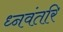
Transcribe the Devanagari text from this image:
ध्नवंतरि